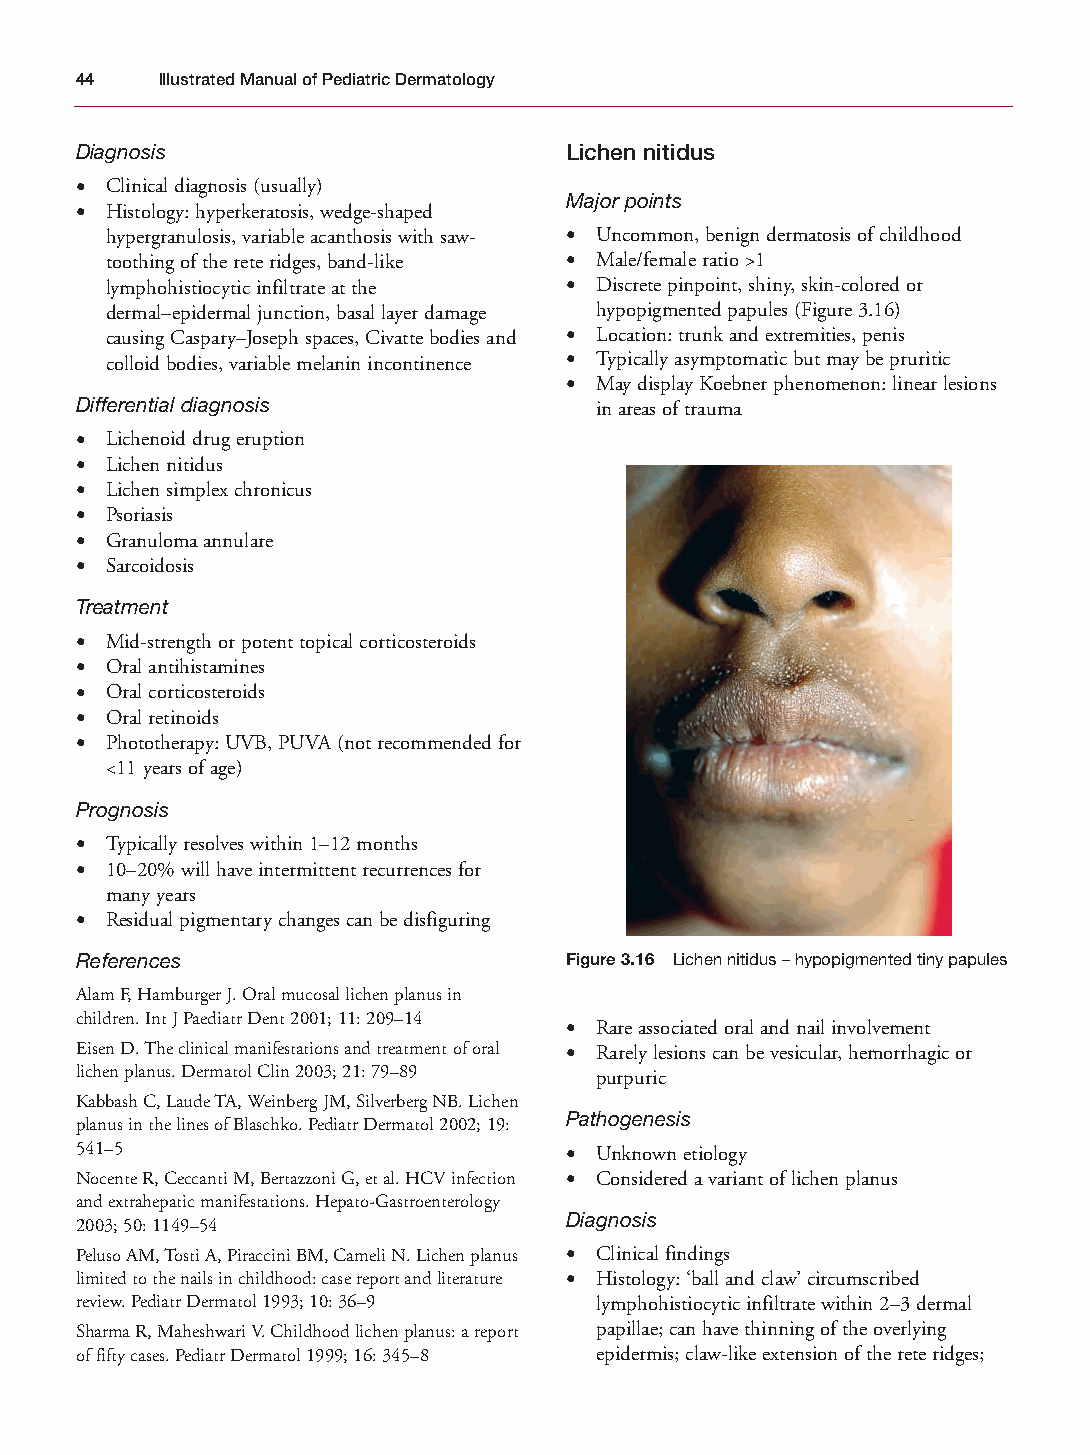
Mallory Chapter 03 27/1/05 1:22 pm Page 44
 44   Illustrated Manual of Pediatric Dermatology
 Diagnosis                       Lichen nitidus
 • Clinical diagnosis (usually)
 Major points
 • Histology: hyperkeratosis, wedge-shaped
 hypergranulosis, variable acanthosis with saw- • Uncommon, benign dermatosis of childhood
 toothing of the rete ridges, band-like • Male/female ratio >1
 lymphohistiocytic infiltrate at the • Discrete pinpoint, shiny, skin-colored or
 dermal–epidermal junction, basal layer damage hypopigmented papules (Figure 3.16)
 causing Caspary–Joseph spaces, Civatte bodies and • Location: trunk and extremities, penis
 colloid bodies, variable melanin incontinence • Typically asymptomatic but may be pruritic
 • May display Koebner phenomenon: linear lesions
 Differential diagnosis            in areas of trauma
 • Lichenoid drug eruption
 • Lichen nitidus
 • Lichen simplex chronicus
 • Psoriasis
 • Granuloma annulare
 • Sarcoidosis
 Treatment
 • Mid-strength or potent topical corticosteroids
 • Oral antihistamines
 • Oral corticosteroids
 • Oral retinoids
 • Phototherapy: UVB, PUVA (not recommended for
 <11 years of age)
 Prognosis
 • Typically resolves within 1–12 months
 • 10–20% will have intermittent recurrences for
 many years
 • Residual pigmentary changes can be disfiguring
 References                      Figure 3.16 Lichen nitidus – hypopigmented tiny papules
 Alam F, Hamburger J. Oral mucosal lichen planus in
 children. Int J Paediatr Dent 2001; 11: 209–14
 • Rare associated oral and nail involvement
 Eisen D. The clinical manifestations and treatment of oral • Rarely lesions can be vesicular, hemorrhagic or
 lichen planus. Dermatol Clin 2003; 21: 79–89 purpuric
 Kabbash C, Laude TA, Weinberg JM, Silverberg NB. Lichen
 Pathogenesis
 planus in the lines of Blaschko. Pediatr Dermatol 2002; 19:
 541–5                           • Unknown etiology
 Nocente R, Ceccanti M, Bertazzoni G, et al. HCV infection • Considered a variant of lichen planus
 and extrahepatic manifestations. Hepato-Gastroenterology
 Diagnosis
 2003; 50: 1149–54
 Peluso AM, Tosti A, Piraccini BM, Cameli N. Lichen planus • Clinical findings
 limited to the nails in childhood: case report and literature • Histology: ‘ball and claw’ circumscribed
 review. Pediatr Dermatol 1993; 10: 36–9 lymphohistiocytic infiltrate within 2–3 dermal
 Sharma R, Maheshwari V. Childhood lichen planus: a report papillae; can have thinning of the overlying
 of fifty cases. Pediatr Dermatol 1999; 16: 345–8 epidermis; claw-like extension of the rete ridges;